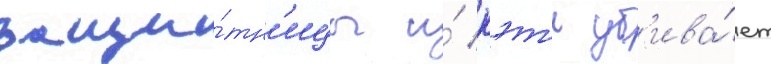
защи́тн'ицы и́ кэт'и уб'ива́ет